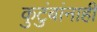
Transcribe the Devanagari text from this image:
कुटुंबांनाही